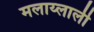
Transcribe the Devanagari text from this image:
मलाय्लाली